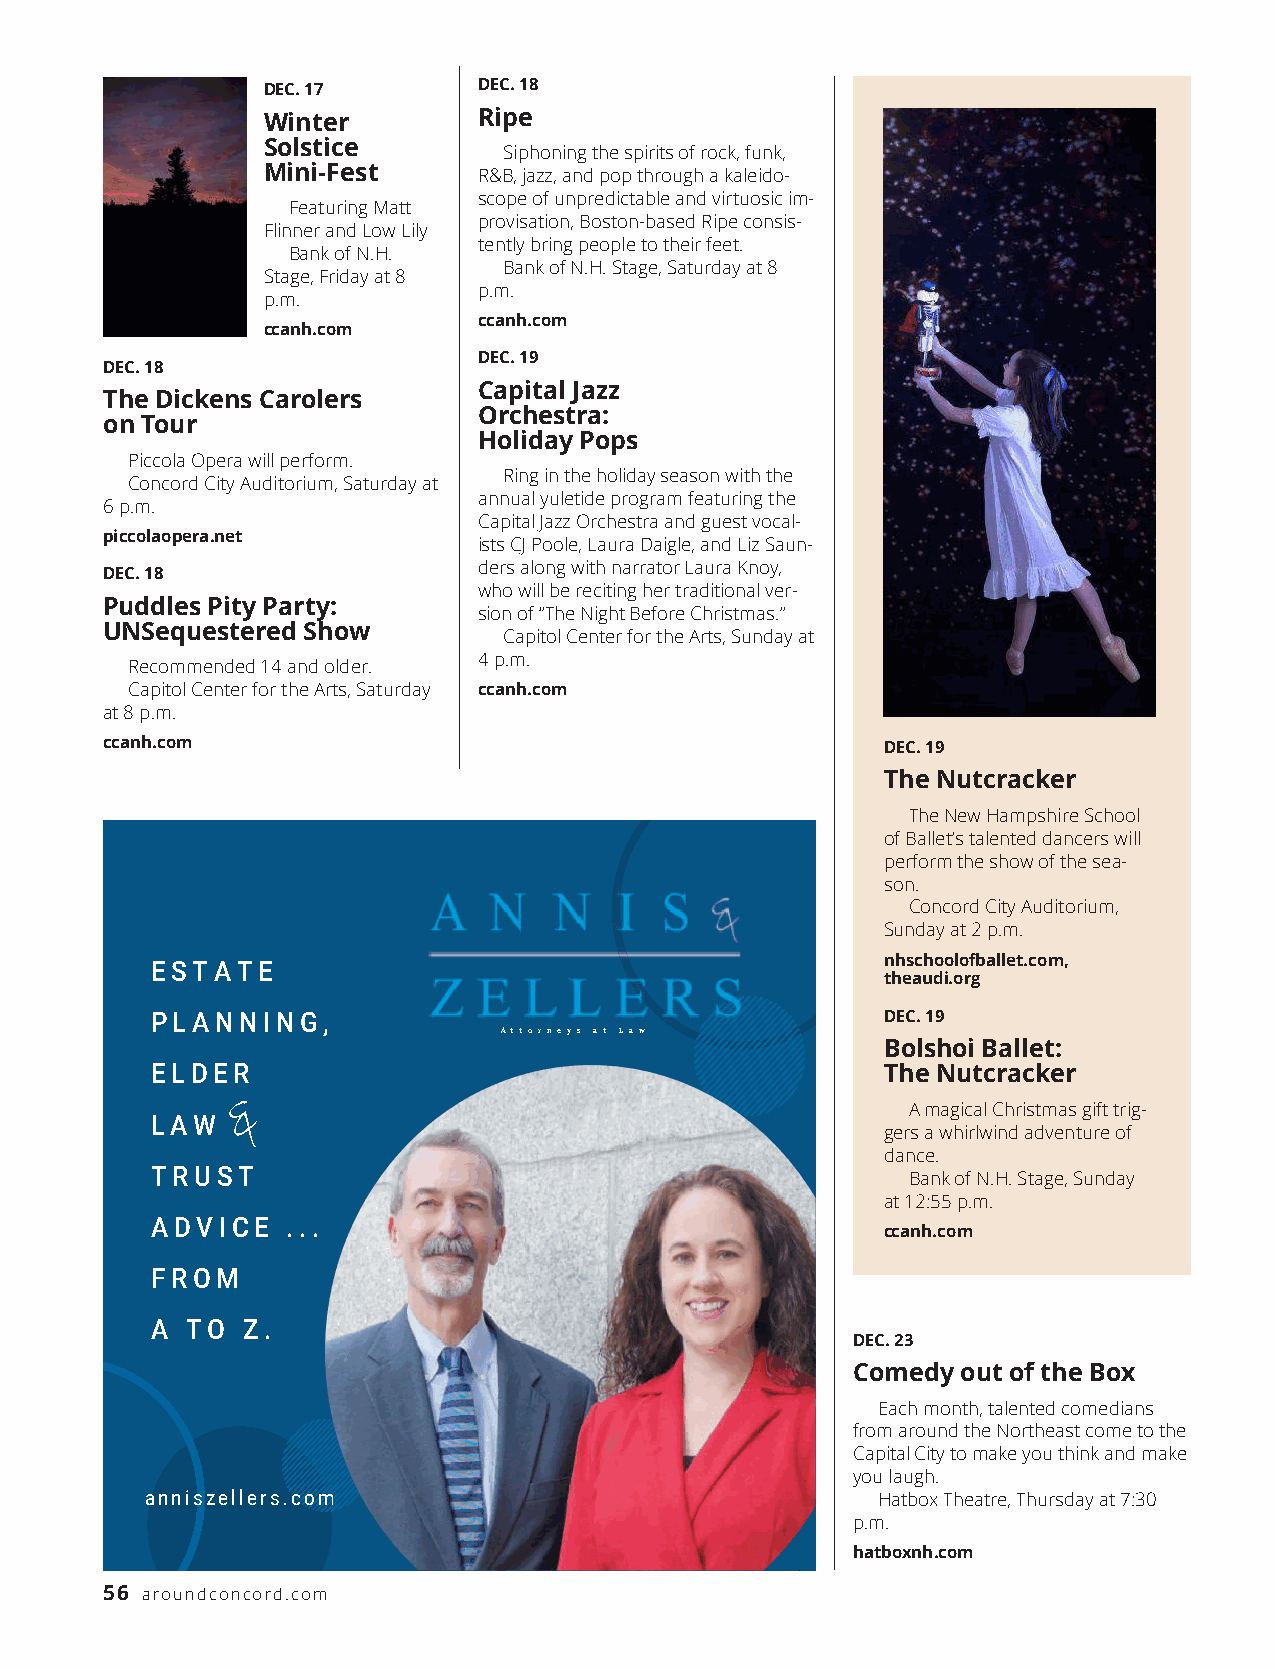
DEC. 17        DEC. 18
 Winter         Ripe
 Solstice
 Siphoning the spirits of rock, funk,
 Mini-Fest      R&B, jazz, and pop through a kaleido-
 scope of unpredictable and virtuosic im-
 Featuring Matt
 provisation, Boston-based Ripe consis-
 Flinner and Low Lily
 tently bring people to their feet.
 Bank of N.H.
 Bank of N.H. Stage, Saturday at 8
 Stage, Friday at 8
 p.m.
 p.m.
 ccanh.com
 ccanh.com
 DEC. 19
 DEC. 18
 Capital Jazz
 The Dickens Carolers
 O rc h e s t ra :
 on Tour
 Holiday Pops
 Piccola Opera will perform.
 Ring in the holiday season with the
 Concord City Auditorium, Saturday at
 annual yuletide program featuring the
 6 p.m.
 Capital Jazz Orchestra and guest vocal-
 p i c c o l a o p e ra . n e t
 ists CJ Poole, Laura Daigle, and Liz Saun-
 ders along with narrator Laura Knoy,
 DEC. 18
 who will be reciting her traditional ver-
 Puddles Pity Party:
 sion of “The Night Before Christmas.”
 UNSequestered Show
 Capitol Center for the Arts, Sunday at
 4 p.m.
 Recommended 14 and older.
 Capitol Center for the Arts, Saturday ccanh.com
 at 8 p.m.
 ccanh.com                                           DEC. 19
 The Nutcracker
 The New Hampshire School
 of Ballet’s talented dancers will
 perform the show of the sea-
 son.
 Concord City Auditorium,
 Sunday at 2 p.m.
 ESTATE                                           nhschoolofballet.com,
 t h e a u d i . o rg
 PLANNING,                                        DEC. 19
 Attorneys at Law
 Bolshoi Ballet:
 ELDER
 The Nutcracker
 LAW  &                                            A magical Christmas gift trig-
 gers a whirlwind adventure of
 dance.
 TRUST
 Bank of N.H. Stage, Sunday
 at 12:55 p.m.
 ADVICE   ...
 ccanh.com
 FROM
 A TO  Z.
 DEC. 23
 Comedy  out of the Box
 Each month, talented comedians
 from around the Northeast come to the
 Capital City to make you think and make
 you laugh.
 anniszellers.com
 Hatbox Theatre, Thursday at 7:30
 p.m.
 h a t b ox n h . c o m
 56 a ro u n d c o n c o rd . c o m